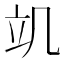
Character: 竌